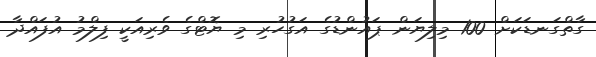
ގާތްގަނޑަކަށް 100 މިލިޔަން ޕައުންޑުގެ އަގުހުރި މި ޔޮޓްގެ ވެރިއަކީ ފިލްމު އުފައްދާ